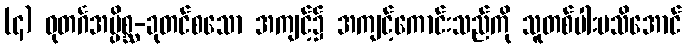
(၄) ဓုတင်္ဂအပ္ပိစ္ဆ-ခုတင်စသော အကျင့်၌ အကျင့်ကောင်းသည်ကို သူတစ်ပါးမသိအောင်